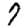
Digit: 7